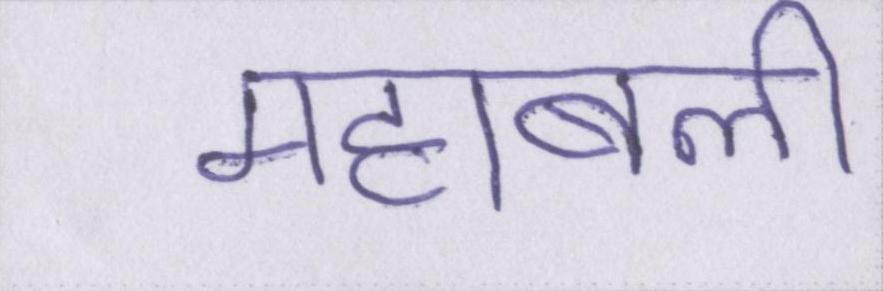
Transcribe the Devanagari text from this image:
महाबली